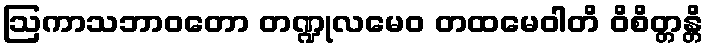
ဩကာသဘာဝတော တဏ္ဍုလမေဝ တထမေဝါတိ ဝိစိတ္တန္တိ